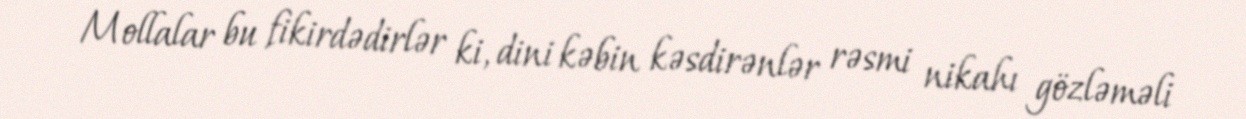
Mollalar bu fikirdədirlər ki, dini kəbin kəsdirənlər rəsmi nikahı gözləməli